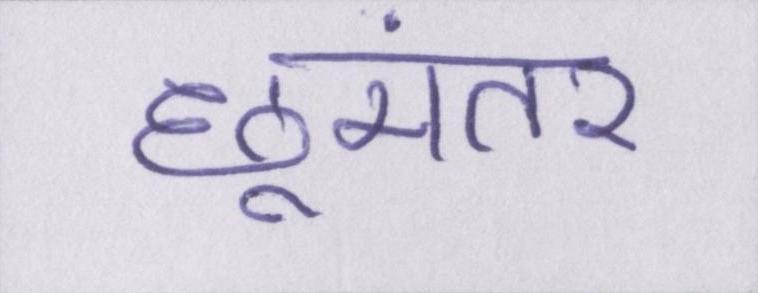
छूमंतर